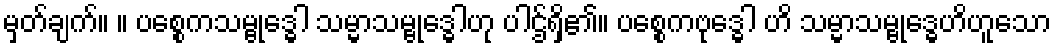
မှတ်ချက်။ ။ ပစ္စေကသမ္ဗုဒ္ဓေါ သမ္မာသမ္ဗုဒ္ဓေါဟု ပါဌ်ရှိ၏။ ပစ္စေကဗုဒ္ဓေါ ဟိ သမ္မာသမ္ဗုဒ္ဓေဟိဟူသော